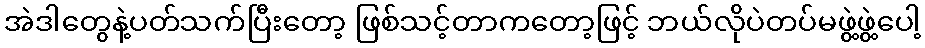
အဲဒါတွေနဲ့ပတ်သက်ပြီးတော့ ဖြစ်သင့်တာကတော့ဖြင့် ဘယ်လိုပဲတပ်မဖွဲ့ဖွဲ့ပေါ့